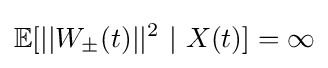
\mathbb {E} [||W_{\pm }(t)||^{2}\ |\ X(t)]=\infty